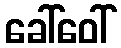
ခေါ်ဝေါ်